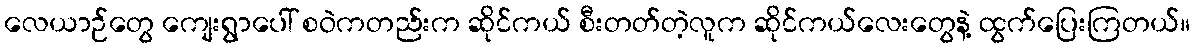
လေယာဉ်တွေ ကျေးရွာပေါ် စဝဲကတည်းက ဆိုင်ကယ် စီးတတ်တဲ့လူက ဆိုင်ကယ်လေးတွေနဲ့ ထွက်ပြေးကြတယ်။